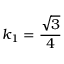
k _ { 1 } = \frac { \sqrt { 3 } } { 4 }